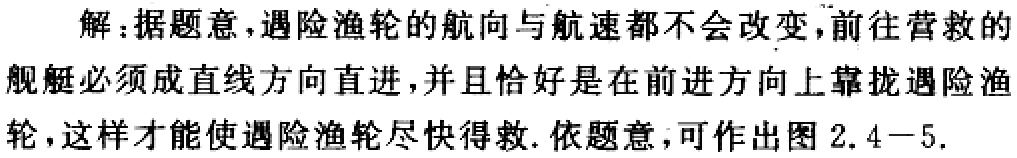
解：据题意，遇险渔轮的航向与航速都不会改变，前往营救的舰艇必须成直线方向直进，并且恰好是在前进方向上靠拢遇险渔轮，这样才能使遇险渔轮尽快得救. 依题意，可作出图2.4 - 5.